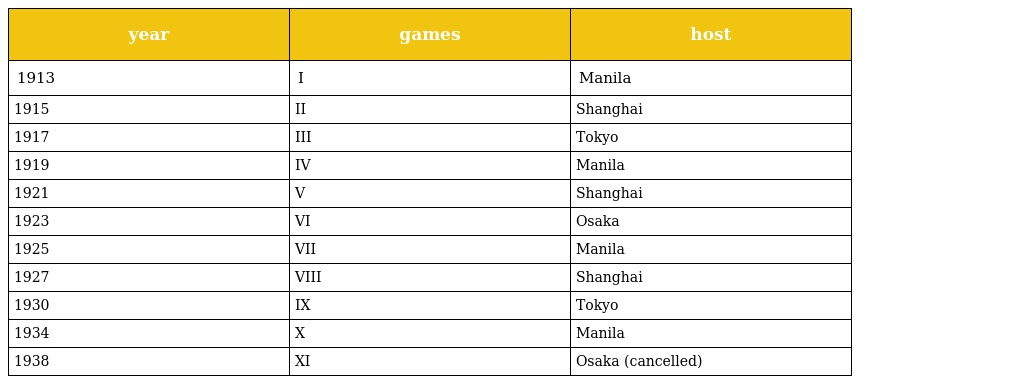
| year | games | host |
 | --- | --- | --- |
 | 1913 | I | Manila |
 | 1915 | II | Shanghai |
 | 1917 | III | Tokyo |
 | 1919 | IV | Manila |
 | 1921 | V | Shanghai |
 | 1923 | VI | Osaka |
 | 1925 | VII | Manila |
 | 1927 | VIII | Shanghai |
 | 1930 | IX | Tokyo |
 | 1934 | X | Manila |
 | 1938 | XI | Osaka (cancelled) |